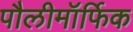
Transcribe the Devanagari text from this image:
पौलीमॉर्फिक